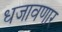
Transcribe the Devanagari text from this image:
धजावणार